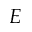
E